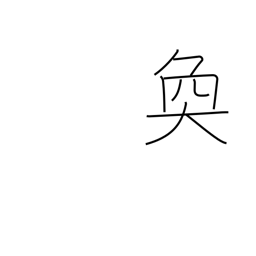
Meaning: bright